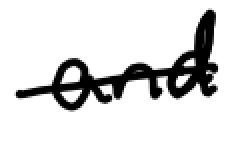
Text: and
Cross-out: single-line
Writing tool: digital_black